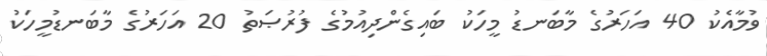
ވުމާއެކު 40 އަހަރުގެ މާބަނޑު މީހަކު ބައިގެންދިއުމުގެ ފުރުޞަތު 20 އަހަރުގެ މާބަނޑުމީހަކު